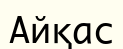
Айқас